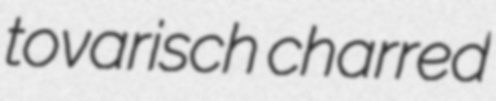
tovarisch charred